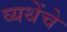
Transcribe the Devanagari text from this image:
व्यथेंचे